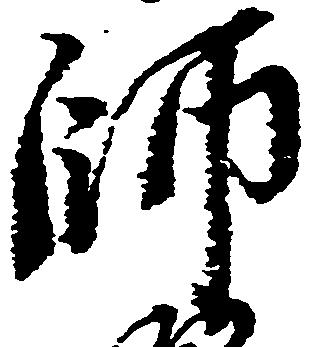
師